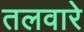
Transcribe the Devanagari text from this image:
तलवारे